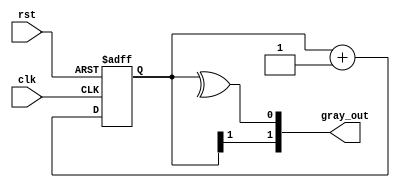
module gray_counter(clk,rst,gray_out);
input clk , rst;
output  [1:0]gray_out;
reg [1:0] counter_out;
always @(posedge clk or posedge rst) begin
    if (rst) counter_out <= 0;
    else counter_out <= counter_out+1;
end
assign gray_out[1] = counter_out [1];
assign gray_out[0] = ^counter_out;
endmodule